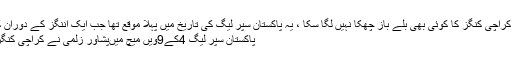
پشاور زلمی کے خلاف میچ میں کراچی کنگز کا کوئی بھی بلے باز چھکا نہیں لگا سکا ، یہ پاکستان سپر لیگ کی تاریخ میں پہلا موقع تھا جب ایک اننگز کے دوران کوئی بھی چھکا نہیں لگا ... مزید
پاکستان سپر لیگ 4کے9ویں میچ میںپشاور زلمی نے کراچی کنگز کو 44رنز سے شکست دیدی ۔